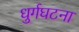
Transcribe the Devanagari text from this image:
धुर्गघटना